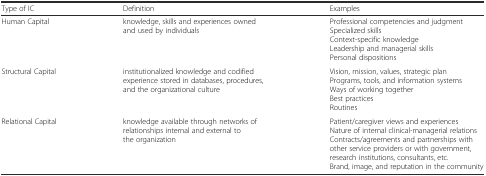
| Type of IC | Definition | Examples |
 | --- | --- | --- |
 | Human Capital | knowledge, skills and experiences owned and used by individuals | Professional competencies and judgmentSpecialized skillsContext-specific knowledgeLeadership and managerial skillsPersonal dispositions |
 | Structural Capital | institutionalized knowledge and codified experience stored in databases, procedures, and the organizational culture | Vision, mission, values, strategic planPrograms, tools, and information systemsWays of working togetherBest practicesRoutines |
 | Relational Capital | knowledge available through networks of relationships internal and external to the organization | Patient/caregiver views and experiencesNature of internal clinical-managerial relations Contracts/agreements and partnerships with other service providers or with government, research institutions, consultants, etc.Brand, image, and reputation in the community |